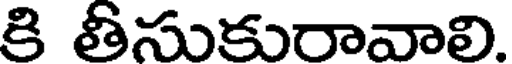
కి తీసుకురావాలి.